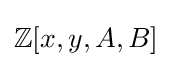
\mathbb {Z} [x,y,A,B]